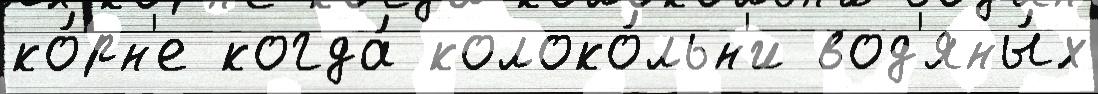
ко́рн'е когда́ колоко́льн'и вод'яны́х